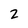
Character: 2